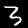
Digit: 3